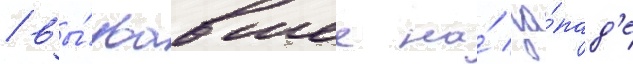
/ вы́звавшее на́ за́пад'е